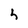
Character: h